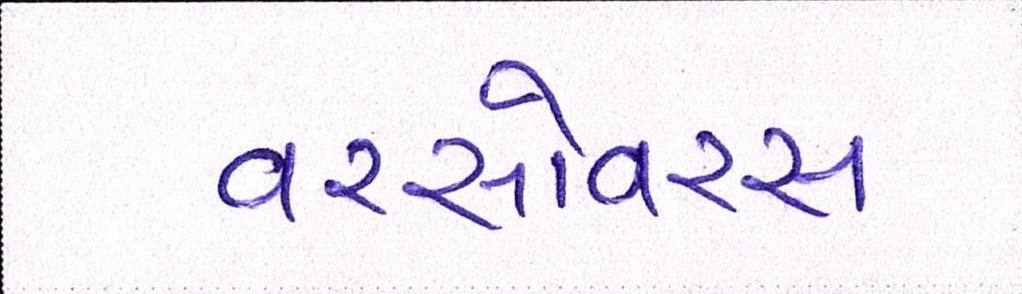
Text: વરસોવરસ